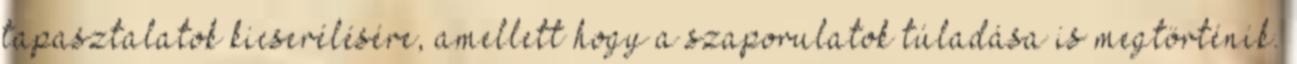
tapasztalatok kicserélésére, amellett hogy a szaporulatok túladása is megtörténik.